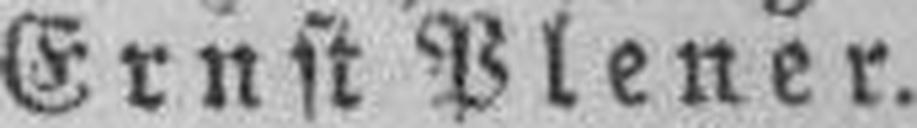
Ernst Plener.